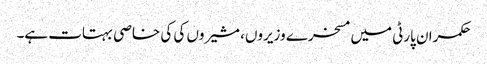
حکمران پارٹی میں مسخرے وزیروں، مشیروں کی کی خاصی بہتات ہے۔